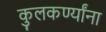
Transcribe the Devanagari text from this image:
कुलकर्ण्यांना